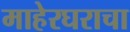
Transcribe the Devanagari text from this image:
माहेरघराचा